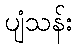
ပျံသန်း